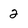
Character: 2